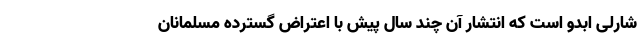
شارلی ابدو است که انتشار آن چند سال پیش با اعتراض گسترده مسلمانان